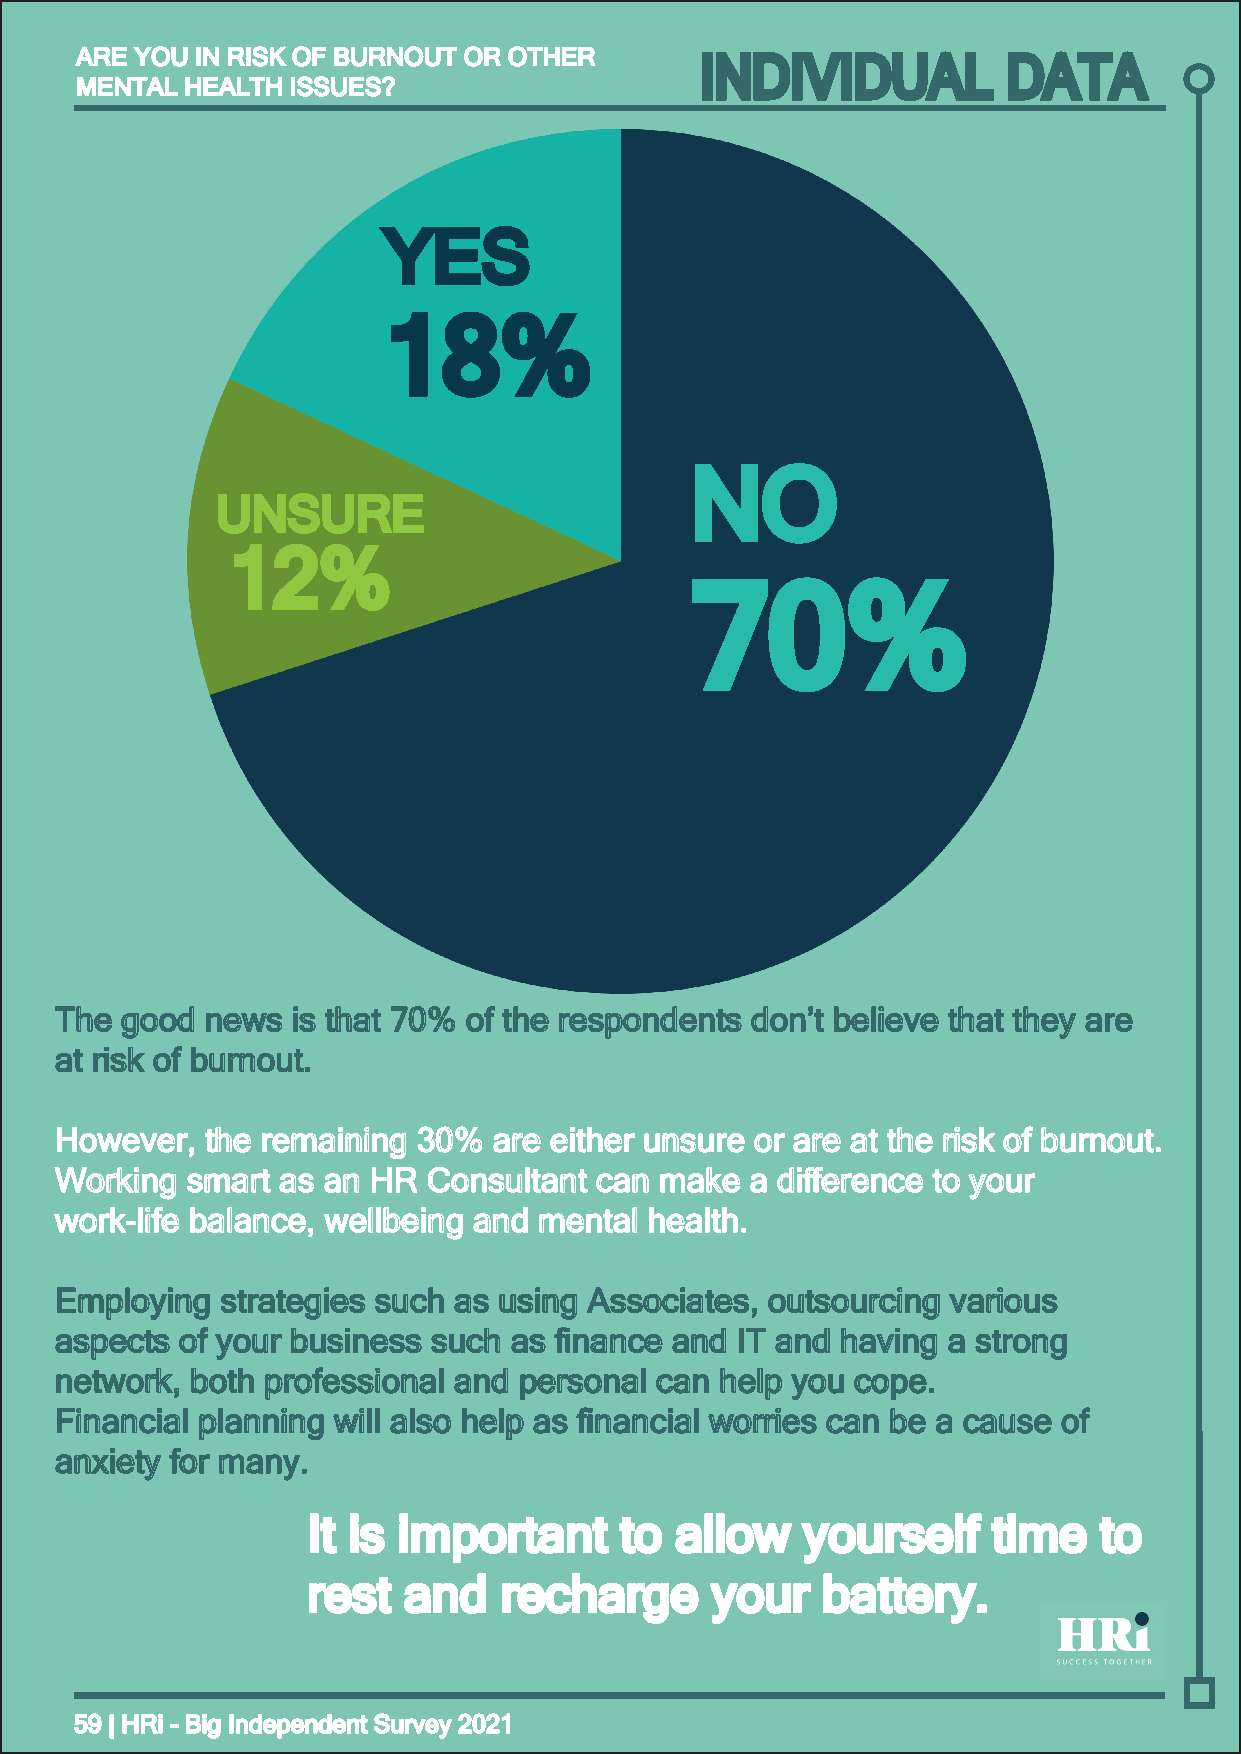
AARREE YYOOUU IINN RRIISSKK OOFF BBUURRNNOOUUTT OORR OOTTHHEERR
 INDIVIDUAL           DATA
 MMEENNTTAALL HHEEAALLTTHH IISSSSUUEESS??
 YYEESS
 1188%%
 NNOO
 UUNNSSUURREE
 1122%%
 7700%%
 TThhee ggoooodd nneewwss iiss tthhaatt 7700%% ooff tthhee rreessppoonnddeennttss ddoonn’’tt bbeelliieevvee tthhaatt tthheeyy aarree
 aatt rriisskk ooff bbuurrnnoouutt..
 HHoowweevveerr,, tthhee rreemmaaiinniinngg 3300%% aarree eeiitthheerr uunnssuurree oorr aarree aatt tthhee rriisskk ooff bbuurrnnoouutt..
 WWoorrkkiinngg ssmmaarrtt aass aann HHRR CCoonnssuullttaanntt ccaann mmaakkee aa ddiiffffeerreennccee ttoo yyoouurr
 wwoorrkk--lliiffee bbaallaannccee,, wweellllbbeeiinngg aanndd mmeennttaall hheeaalltthh..
 EEmmppllooyyiinngg ssttrraatteeggiieess ssuucchh aass uussiinngg AAssssoocciiaatteess,, oouuttssoouurrcciinngg vvaarriioouuss
 aassppeeccttss ooff yyoouurr bbuussiinneessss ssuucchh aass fifinnaannccee aanndd IITT aanndd hhaavviinngg aa ssttrroonngg
 nneettwwoorrkk,, bbootthh pprrooffeessssiioonnaall aanndd ppeerrssoonnaall ccaann hheellpp yyoouu ccooppee..
 FFiinnaanncciiaall ppllaannnniinngg wwiillll aallssoo hheellpp aass fifinnaanncciiaall wwoorrrriieess ccaann bbee aa ccaauussee ooff
 aannxxiieettyy ffoorr mmaannyy..
 IItt iiss iimmppoorrttaanntt ttoo aallllooww yyoouurrsseellff ttiimmee ttoo
 rreesstt aanndd rreecchhaarrggee yyoouurr bbaatttteerryy..
 5599 || HHRRii -- BBiigg IInnddeeppeennddeenntt SSuurrvveeyy 22002211